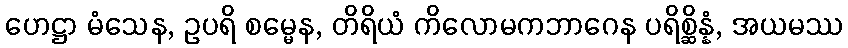
ဟေဋ္ဌာ မံသေန, ဥပရိ စမ္မေန, တိရိယံ ကိလောမကဘာဂေန ပရိစ္ဆိန္နံ, အယမဿ